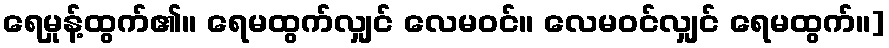
ရေမှုန့်ထွက်၏။ ရေမထွက်လျှင် လေမဝင်။ လေမဝင်လျှင် ရေမထွက်။]